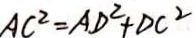
A C ^ { 2 } = A D ^ { 2 } + D C ^ { 2 }